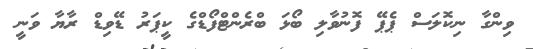
ވިންގާ ނިކޮލަސް ޕެޕޭ ފޮނުވާލި ބޯޅަ ބްރެންޓްފޯޑްގެ ކީޕަރު ޑޭވިޑް ރާޔާ ވަނީ